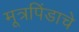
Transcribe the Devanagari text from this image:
मूत्रपिंडाचे